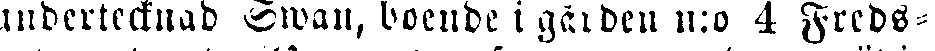
undertecknad Swan, boende i gården n:o 4 Freds-